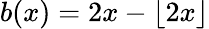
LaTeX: b(x)=2x-\lfloor 2x\rfloor